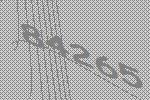
84265